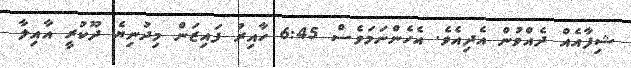
ޝިފާއެއް ދެއްވުން އެދިއެވެ. އެހެންނަމަވެސް 6:45 ހާއިރު ފައިޒަން މިދުނިޔެ ދޫކުރީ އާއިލާ